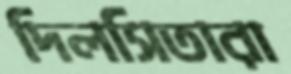
দিলসিতারা